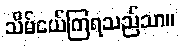
သိမ်ငယ်ကြရသည်သာ။